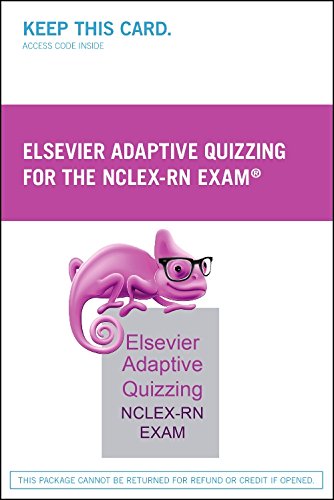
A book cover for Elsevier Adaptive Quizzing for the NCLEX-RN Exam (36-Month) (Retail Access Card), 1e; Elsevier; Test Preparation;